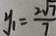
y _ { 1 } = \frac { 2 \sqrt { 7 } } { 7 }